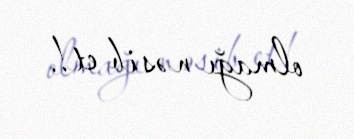
olmağı nəsib et!.